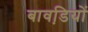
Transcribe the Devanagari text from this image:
बावडि़यों